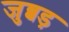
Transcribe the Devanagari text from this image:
जुब्बड़